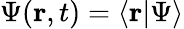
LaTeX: \Psi(\mathbf{r},t)=\langle\mathbf{r}\vert\Psi\rangle